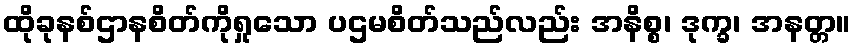
ထိုခုနစ်ဌာနစိတ်ကိုရှုသော ပဌမစိတ်သည်လည်း အနိစ္စ၊ ဒုက္ခ၊ အနတ္တ။